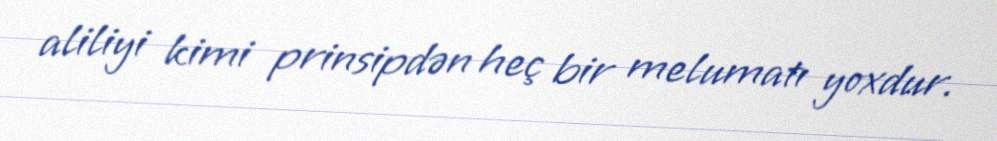
aliliyi kimi prinsipdən heç bir melumatı yoxdur.